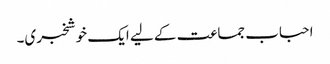
احباب جماعت کے لیے ایک خوشخبری۔